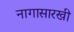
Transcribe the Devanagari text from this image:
नागासारखी